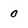
Character: O